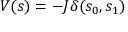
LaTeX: V ( s ) = - J \delta ( s _ { 0 } , s _ { 1 } )